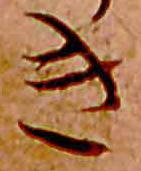
き